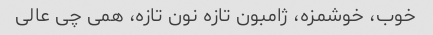
خوب، خوشمزه، ژامبون تازه نون تازه، همی چی عالی